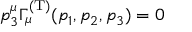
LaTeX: p _ { 3 } ^ { \mu } \Gamma _ { \mu } ^ { ( \mathrm { T } ) } ( p _ { 1 } , p _ { 2 } , p _ { 3 } ) = 0